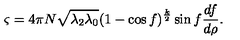
\varsigma = 4 \pi N \sqrt { \lambda _ { 2 } \lambda _ { 0 } } ( 1 - \cos f ) ^ { \frac { k } { 2 } } \sin f \frac { d f } { d \rho } .